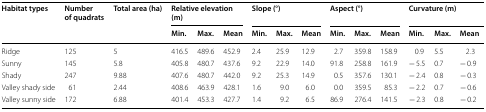
| <ROWSPAN=2> Habitat types | <ROWSPAN=2> Number of quadrats | <ROWSPAN=2> Total area (ha) | <COLSPAN=3> Relative elevation (m) | <COLSPAN=3> Slope (°) | <COLSPAN=3> Aspect (°) | <COLSPAN=3> Curvature (m) |
 | Min. | Max. | Mean | Min. | Max. | Mean | Min. | Max. | Mean | Min. | Max. | Mean |
 | --- | --- | --- | --- | --- | --- | --- | --- | --- | --- | --- | --- | --- | --- | --- |
 | Ridge | 125 | 5 | 416.5 | 489.6 | 452.9 | 2.4 | 25.9 | 12.9 | 2.7 | 359.8 | 158.9 | 0.9 | 5.5 | 2.3 |
 | Sunny | 145 | 5.8 | 405.8 | 480.7 | 437.6 | 9.2 | 22.9 | 14.0 | 91.8 | 258.8 | 161.9 | − 5.5 | 0.7 | − 0.9 |
 | Shady | 247 | 9.88 | 407.6 | 480.7 | 442.0 | 9.2 | 25.3 | 14.9 | 0.5 | 357.6 | 130.1 | − 2.4 | 0.8 | − 0.3 |
 | Valley shady side | 61 | 2.44 | 408.6 | 463.9 | 428.1 | 1.6 | 9.0 | 6.0 | 0.0 | 359.5 | 85.3 | − 2.2 | 0.7 | − 0.6 |
 | Valley sunny side | 172 | 6.88 | 401.4 | 453.3 | 427.7 | 1.4 | 9.2 | 6.5 | 86.9 | 276.4 | 141.5 | − 2.3 | 0.8 | − 0.2 |